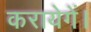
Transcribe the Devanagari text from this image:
करायेगें।